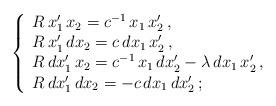
LaTeX: \begin{align*} \;\;\;\;\; \left\{\begin{array}{l} R\,x_1'\,x_2=c^{-1}\,x_1\,x_2'\,, \\ R\,x_1'\,dx_2=c\,dx_1\,x_2'\,, \\ R\,dx_1'\,x_2=c^{-1}\,x_1\,dx_2'-\lambda\,dx_1\,x_2'\,, \\ R\,dx_1'\,dx_2=-c\,dx_1\,dx_2'\,; \\\end{array}\right.\end{align*}